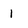
Character: 1